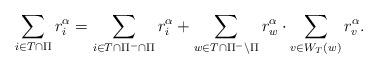
LaTeX: \begin{align*}\sum\limits _{i\in T\cap\Pi}r_{i}^{\alpha}=\sum\limits _{i\in T\cap\Pi^{-}\cap\Pi}r_{i}^{\alpha}+\sum_{w\in T\cap\Pi^{-}\setminus\Pi}r_{w}^{\alpha}\cdot\sum_{v\in W_{T}\left(w\right)}r_{v}^{\alpha}.\end{align*}